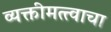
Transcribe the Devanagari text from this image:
व्यक्तीमत्त्वाचा